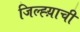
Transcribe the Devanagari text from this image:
जिल्ह्य़ाची